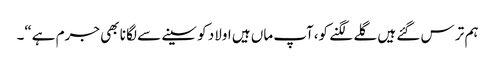
ہم تر س گئے ہیں گلے لگنے کو،آپ ماں ہیں اولاد کو سینے سے لگا نا بھی جرم ہے“۔